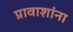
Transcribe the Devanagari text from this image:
प्रावाशांना